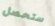
ستحصل